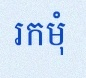
រកមុំ